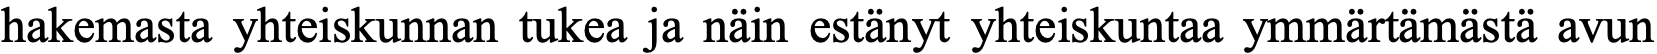
hakemasta yhteiskunnan tukea ja näin estänyt yhteiskuntaa ymmärtämästä avun